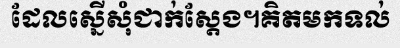
ដែលស្នើសុំជាក់ស្តែង។គិតមកទល់